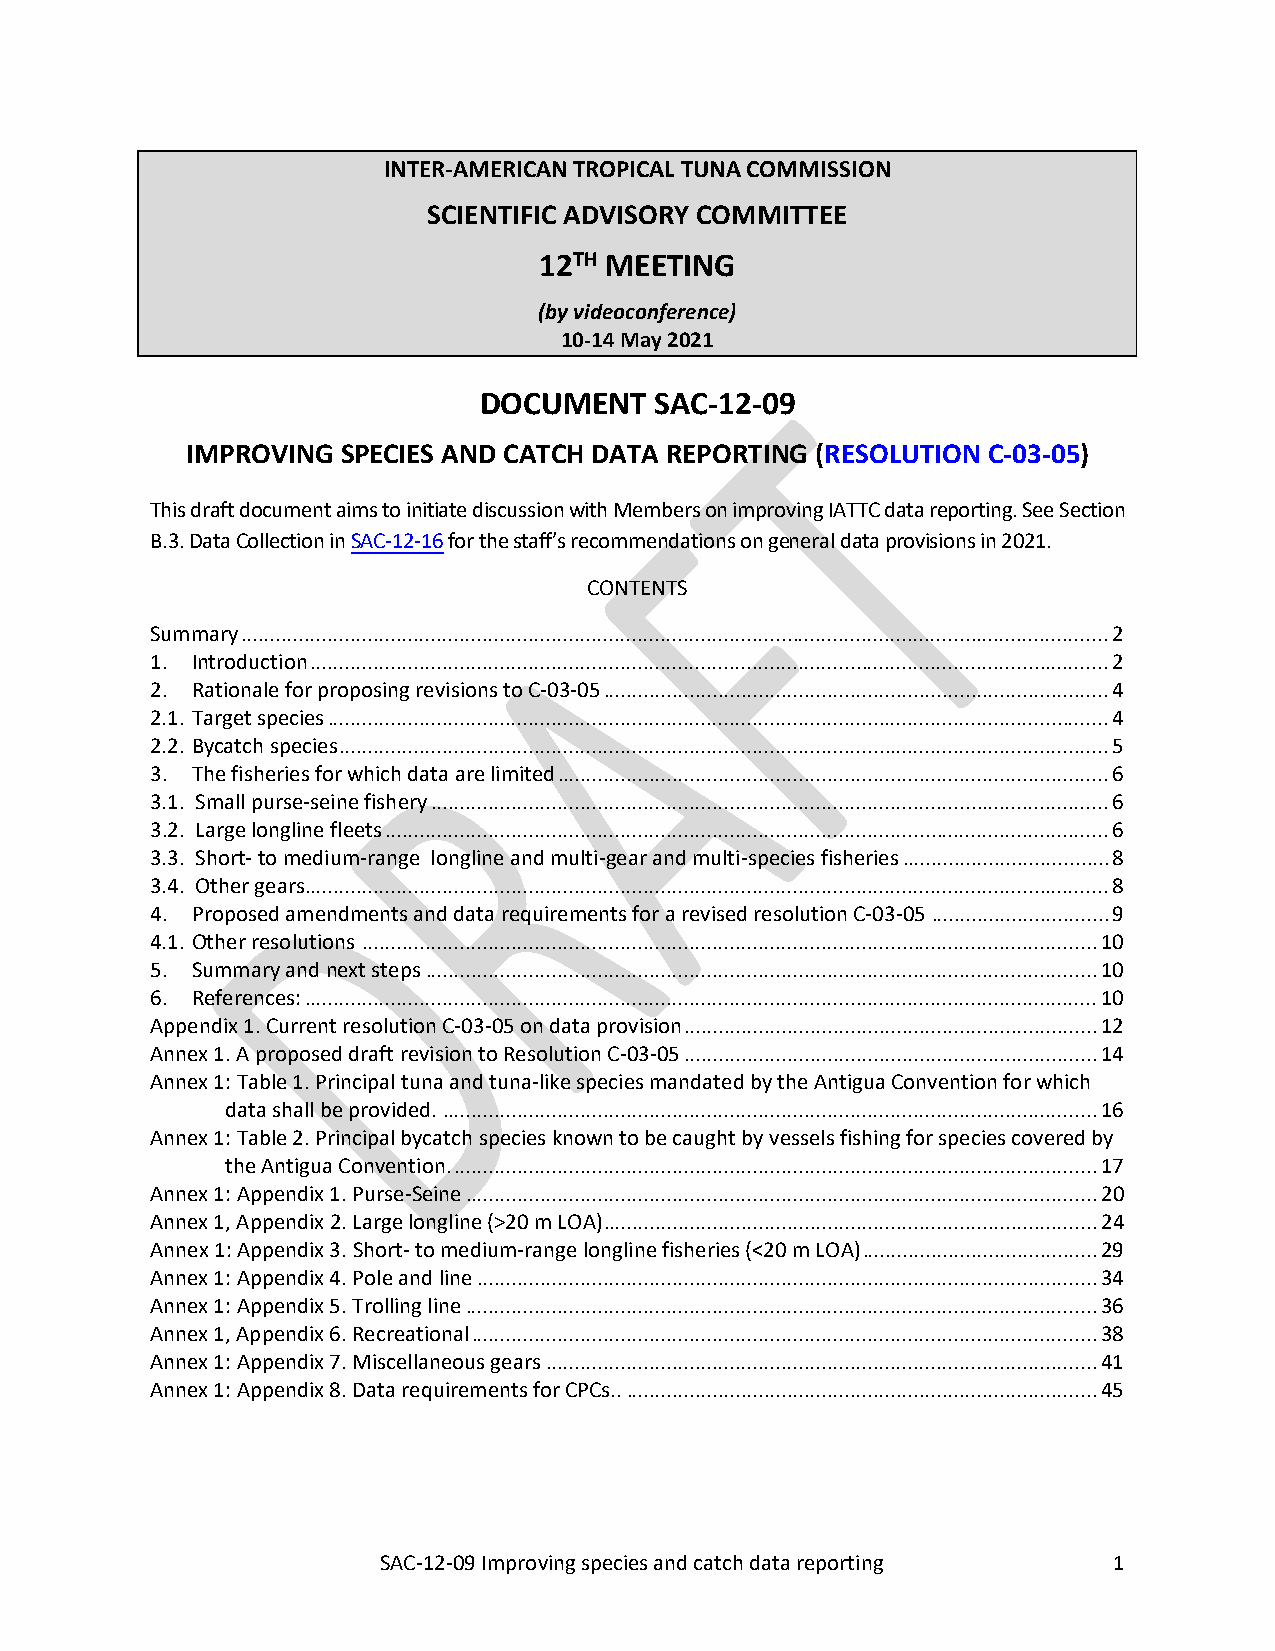
SAC-12-09_Improving species and catch data reporting C-03-05
 INTER-AMERICAN TROPICAL TUNA COMMISSION
 SCIENTIFIC ADVISORY COMMITTEE
 12TH MEETING
 (by videoconference)
 10-14 May 2021
 DOCUMENT   SAC-12-09
 IMPROVING  SPECIES AND CATCH DATA REPORTING (RESOLUTION C-03-05)
 This draft document aims to initiate discussion with Members on improving IATTC data reporting. See Section
 B.3. Data Collection in SAC-12-16 for the staff’s recommendations on general data provisions in 2021.
 CONTENTS
 Summary ....................................................................................................................................................... 2
 1. Introduction ........................................................................................................................................... 2
 2. Rationale for proposing revisions to C-03-05 ........................................................................................ 4
 2.1. Target species ........................................................................................................................................ 4
 2.2. Bycatch species ...................................................................................................................................... 5
 3. The fisheries for which data are limited ................................................................................................ 6
 3.1. Small purse-seine fishery ...................................................................................................................... 6
 3.2. Large longline fleets .............................................................................................................................. 6
 3.3. Short- to medium-range longline and multi-gear and multi-species fisheries .................................... 8
 3.4. Other gears ............................................................................................................................................ 8
 4. Proposed amendments and data requirements for a revised resolution C-03-05 ............................... 9
 4.1. Other resolutions ................................................................................................................................ 10
 5. Summary and next steps ..................................................................................................................... 10
 6. References: .......................................................................................................................................... 10
 Appendix 1. Current resolution C-03-05 on data provision ........................................................................ 12
 Annex 1. A proposed draft revision to Resolution C-03-05 ........................................................................ 14
 Annex 1: Table 1. Principal tuna and tuna-like species mandated by the Antigua Convention for which
 data shall be provided. .................................................................................................................. 16
 Annex 1: Table 2. Principal bycatch species known to be caught by vessels fishing for species covered by
 the Antigua Convention. ................................................................................................................ 17
 Annex 1: Appendix 1. Purse-Seine .............................................................................................................. 20
 Annex 1, Appendix 2. Large longline (>20 m LOA) ...................................................................................... 24
 Annex 1: Appendix 3. Short- to medium-range longline fisheries (<20 m LOA) ......................................... 29
 Annex 1: Appendix 4. Pole and line ............................................................................................................ 34
 Annex 1: Appendix 5. Trolling line .............................................................................................................. 36
 Annex 1, Appendix 6. Recreational ............................................................................................................. 38
 Annex 1: Appendix 7. Miscellaneous gears ................................................................................................ 41
 Annex 1: Appendix 8. Data requirements for CPCs.. .................................................................................. 45
 SAC-12-09 Improving species and catch data reporting 1